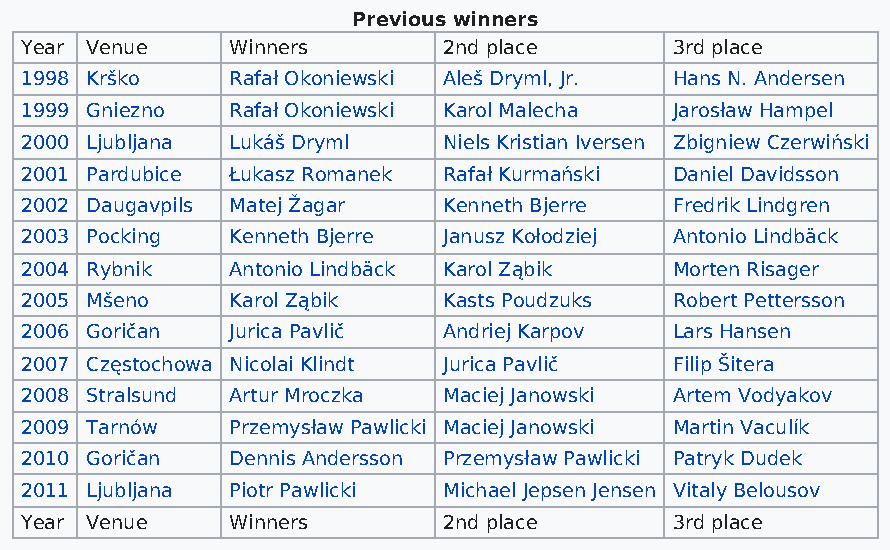
Previous winners
 Year Venue    Winners       2nd place       3rd place
 1998 Krško    Rafał Okoniewski Aleš Dryml, Jr. Hans N. Andersen
 1999 Gniezno  Rafał Okoniewski Karol Malecha Jarosław Hampel
 2000 Ljubljana Lukáš Dryml  Niels Kristian Iversen Zbigniew Czerwiński
 2001 Pardubice Łukasz Romanek Rafał Kurmański Daniel Davidsson
 2002 Daugavpils Matej Žagar Kenneth Bjerre  Fredrik Lindgren
 2003 Pocking  Kenneth Bjerre Janusz Kołodziej Antonio Lindbäck
 2004 Rybnik   Antonio Lindbäck Karol Ząbik  Morten Risager
 2005 Mšeno    Karol Ząbik   Kasts Poudzuks  Robert Pettersson
 2006 Goričan  Jurica Pavlič Andriej Karpov  Lars Hansen
 2007 Częstochowa Nicolai Klindt Jurica Pavlič Filip Šitera
 2008 Stralsund Artur Mroczka Maciej Janowski Artem Vodyakov
 2009 Tarnów   Przemysław Pawlicki Maciej Janowski Martin Vaculík
 2010 Goričan  Dennis Andersson Przemysław Pawlicki Patryk Dudek
 2011 Ljubljana Piotr Pawlicki Michael Jepsen Jensen Vitaly Belousov
 Year Venue    Winners       2nd place       3rd place